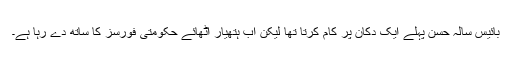
بائیس سالہ حسن پہلے ایک دکان پر کام کرتا تھا لیکن اب ہتھیار اٹھائے حکومتی فورسز کا ساتھ دے رہا ہے۔